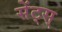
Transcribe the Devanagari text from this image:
सेंट्स्